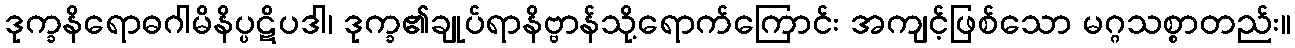
ဒုက္ခနိရောဓဂါမိနိပ္ပဋိပဒါ၊ ဒုက္ခ၏ချုပ်ရာနိဗ္ဗာန်သို့ရောက်ကြောင်း အကျင့်ဖြစ်သော မဂ္ဂသစ္စာတည်း။